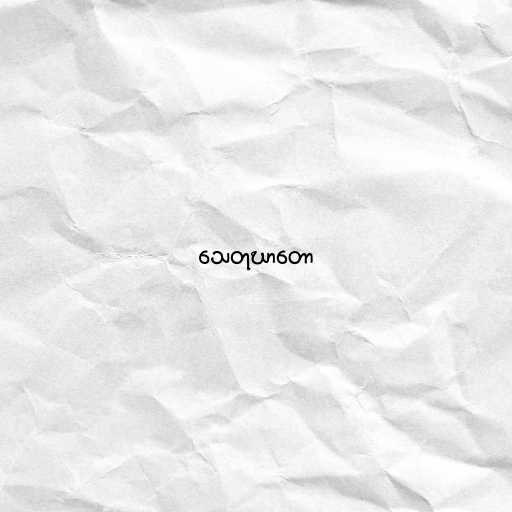
သေတုဃာတော